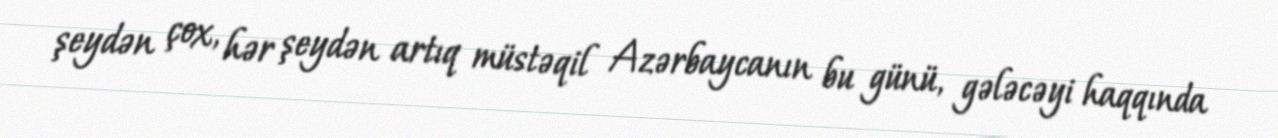
şeydən çox, hər şeydən artıq müstəqil Azərbaycanın bu günü, gələcəyi haqqında